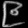
Digit: ၉